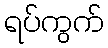
ရပ်ကွက်